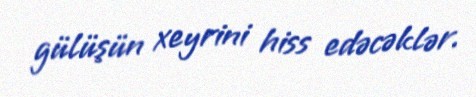
gülüşün xeyrini hiss edəcəklər.